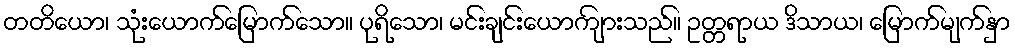
တတိယော၊ သုံးယောက်မြောက်သော။ ပုရိသော၊ မင်းချင်းယောကျ်ားသည်။ ဥတ္တရာယ ဒိသာယ၊ မြောက်မျက်နှာ